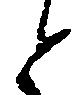
と